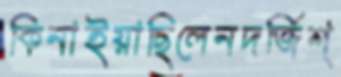
কিনাইয়াছিলেনদর্জিশ্